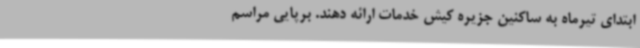
ابتدای تیرماه به ساکنین جزیره کیش خدمات ارائه دهند. برپایی مراسم